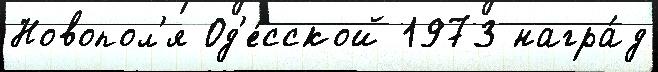
Новопол'я Од'е́сской 1973 награ́д